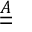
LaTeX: \underline { { \underline { { A } } } }